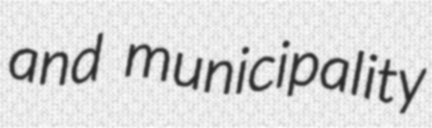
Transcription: and municipality